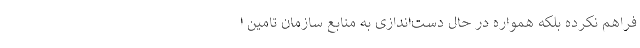
فراهم نکرده بلکه همواره در حال دست‌اندازی به منابع سازمان تامین ا